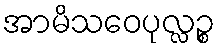
အာမိသဝေပုလ္လဉ္စ